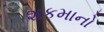
શકમાનો